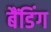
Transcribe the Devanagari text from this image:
बैंडिंग